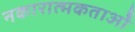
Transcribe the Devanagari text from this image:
नकारात्मकताओं